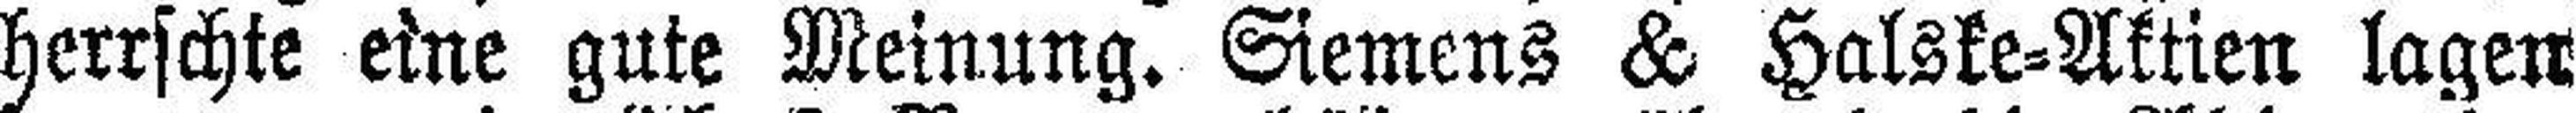
herrschte eine gute Meinung. Siemens & Halske=Aktien lagen